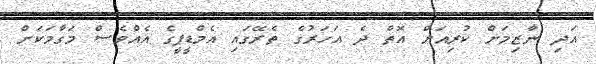
އަދި ނާޒިމަށް ކުރިއަށް އޮތް ދެ އަހަރުގެ ތެރޭގައި އެމްޑީޕީގެ އެއްވެސް މަގާމަކަށް